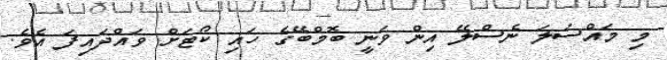
މި މައްސަލަ ނެސްލޭ އިން ވަނީ ބޮމްބޭގެ ހައި ކޯޓަށް ވައްދައިފަ އެވެ.